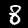
Label: 8